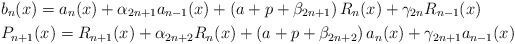
LaTeX: \begin{align*}&b_n(x)= a_n(x)+\alpha_{2n+1}a_{n-1}(x)+\left(a+p+\beta_{2n+1}\right)R_n(x)+\gamma_{2n}R_{n-1}(x)\\&P_{n+1}(x)=R_{n+1}(x)+\alpha_{2n+2}R_n(x)+\left(a+p+\beta_{2n+2}\right)a_n(x)+\gamma_{2n+1}a_{n-1}(x)\end{align*}